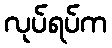
လုပ်ရပ်က